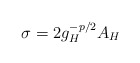
\begin{align*}\sigma=2g_H^{-p/2}A_H\end{align*}